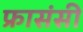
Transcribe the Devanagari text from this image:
फ्रासंसी